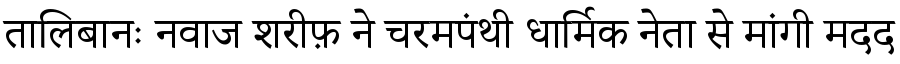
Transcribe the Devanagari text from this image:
तालिबानः नवाज शरीफ़ ने चरमपंथी धार्मिक नेता से मांगी मदद